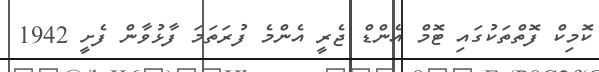
ކޮމިކް ފޮތްތަކުގައި ޓޮމް އެންޑް ޖެރީ އެންމެ ފުރަތަމަ ފާޅުވާން ފެށީ 1942